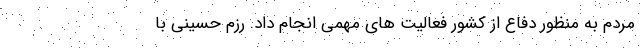
مردم به منظور دفاع از کشور فعالیت های مهمی انجام داد. رزم حسینی با